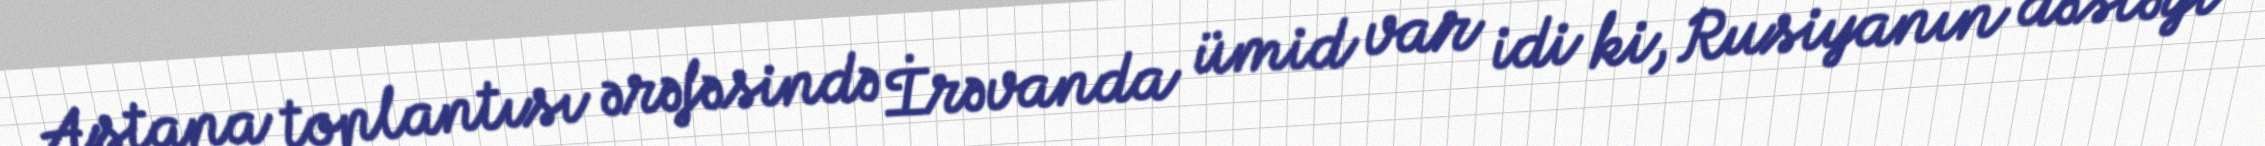
Astana toplantısı ərəfəsində İrəvanda ümid var idi ki, Rusiyanın dəstəyi